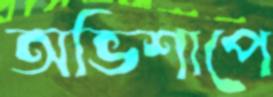
অভিশাপে